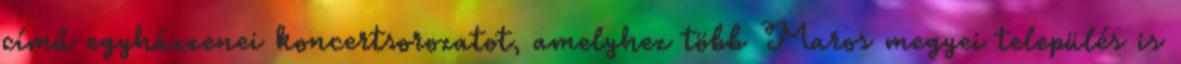
című egyházzenei koncertsorozatot, amelyhez több Maros megyei település is